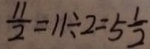
\frac { 1 1 } { 2 } = 1 1 \div 2 = 5 \frac { 1 } { 2 }